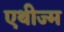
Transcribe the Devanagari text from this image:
एथीज्म